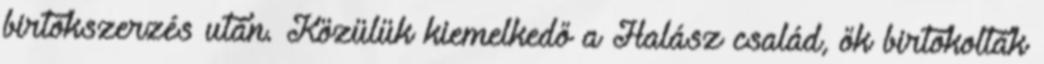
birtokszerzés után. Közülük kiemelkedő a Halász család, ők birtokolták